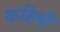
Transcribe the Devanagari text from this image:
कहिबौ